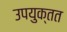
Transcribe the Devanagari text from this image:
उपयुक्तत